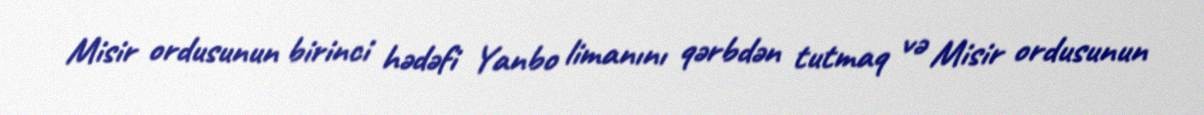
Misir ordusunun birinci hədəfi Yanbo limanını qərbdən tutmaq və Misir ordusunun